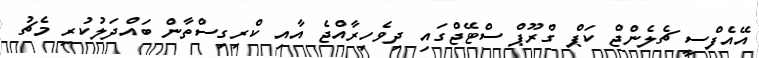
އޭއެފްސީ ޗެލެންޖް ކަޕް ގްރޫޕް ސްޓޭޖްގައި ދިވެހިރާއްޖެ އާއި ކްރިގިސްތާން ބައްދަލުކުރި މެޗު